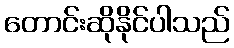
တောင်းဆိုနိုင်ပါသည်